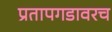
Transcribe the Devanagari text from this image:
प्रतापगडावरच